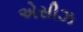
એસીઝ